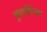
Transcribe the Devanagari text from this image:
फूटहिल्स